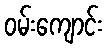
ဝမ်းကျောင်း